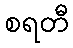
စရတီ